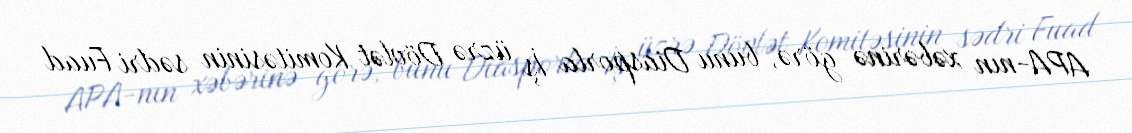
APA-nın xəbərinə görə, bunu Diasporla İş üzrə Dövlət Komitəsinin sədri Fuad